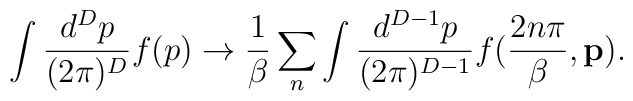
\int \frac{d^{D}p}{(2 \pi)^D}f(p)\rightarrow \frac{1}{\beta} \sum_{n} \int \frac{d^{D-1}p}{(2 \pi)^{D-1}}f(\frac{2n\pi}{\beta}, {\bf p}).